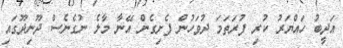
އަދީބު ހައްޔަރު ކުރި ފުރަތަމަ ދުވަހުން ފެށިގެން އޭނާ މާލެ ނުގެނެސް ދޫނިދޫގައި